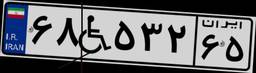
۷۶W۹۸۱۵۱